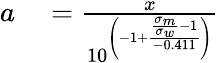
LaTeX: \begin{array}{rl}{a}&{{}={\frac{x}{10^{\left(-1+{\frac{{\frac{\sigma_{m}}{\sigma_{w}}}-1}{-0.411}}\right)}}}}\end{array}